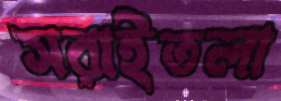
সরাইতলা